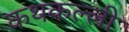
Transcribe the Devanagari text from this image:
कथकल्ली